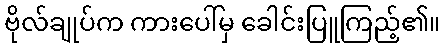
ဗိုလ်ချုပ်က ကားပေါ်မှ ခေါင်းပြူကြည့်၏။